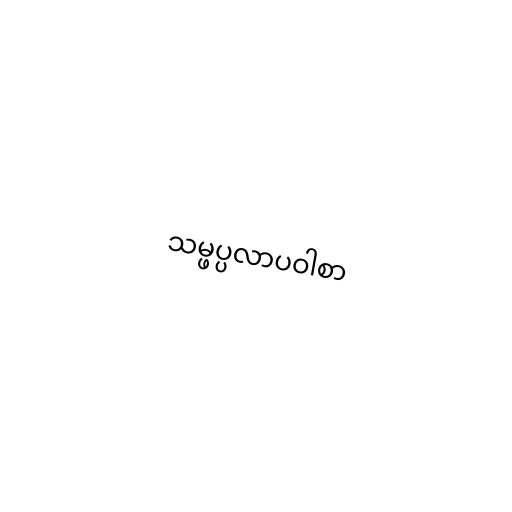
သမ္ဖပ္ပလာပဝါစာ